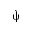
\grave { \uppsi }